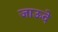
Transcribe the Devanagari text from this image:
जाऊदे